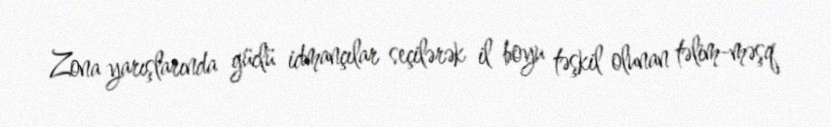
Zona yarışlarında güclü idmançılar seçilərək il boyu təşkil olunan təlim-məşq